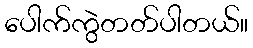
ပေါက်ကွဲတတ်ပါတယ်။